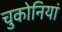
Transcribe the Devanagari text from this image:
चुकोनियां